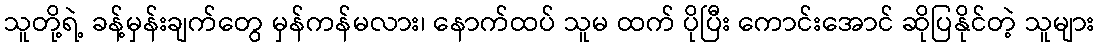
သူတို့ရဲ့ ခန့်မှန်းချက်တွေ မှန်ကန်မလား၊ နောက်ထပ် သူမ ထက် ပိုပြီး ကောင်းအောင် ဆိုပြနိုင်တဲ့ သူများ